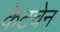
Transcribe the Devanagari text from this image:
केटचेन